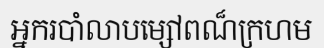
អ្នករបាំលាបម្សៅពណ៏ក្រហម